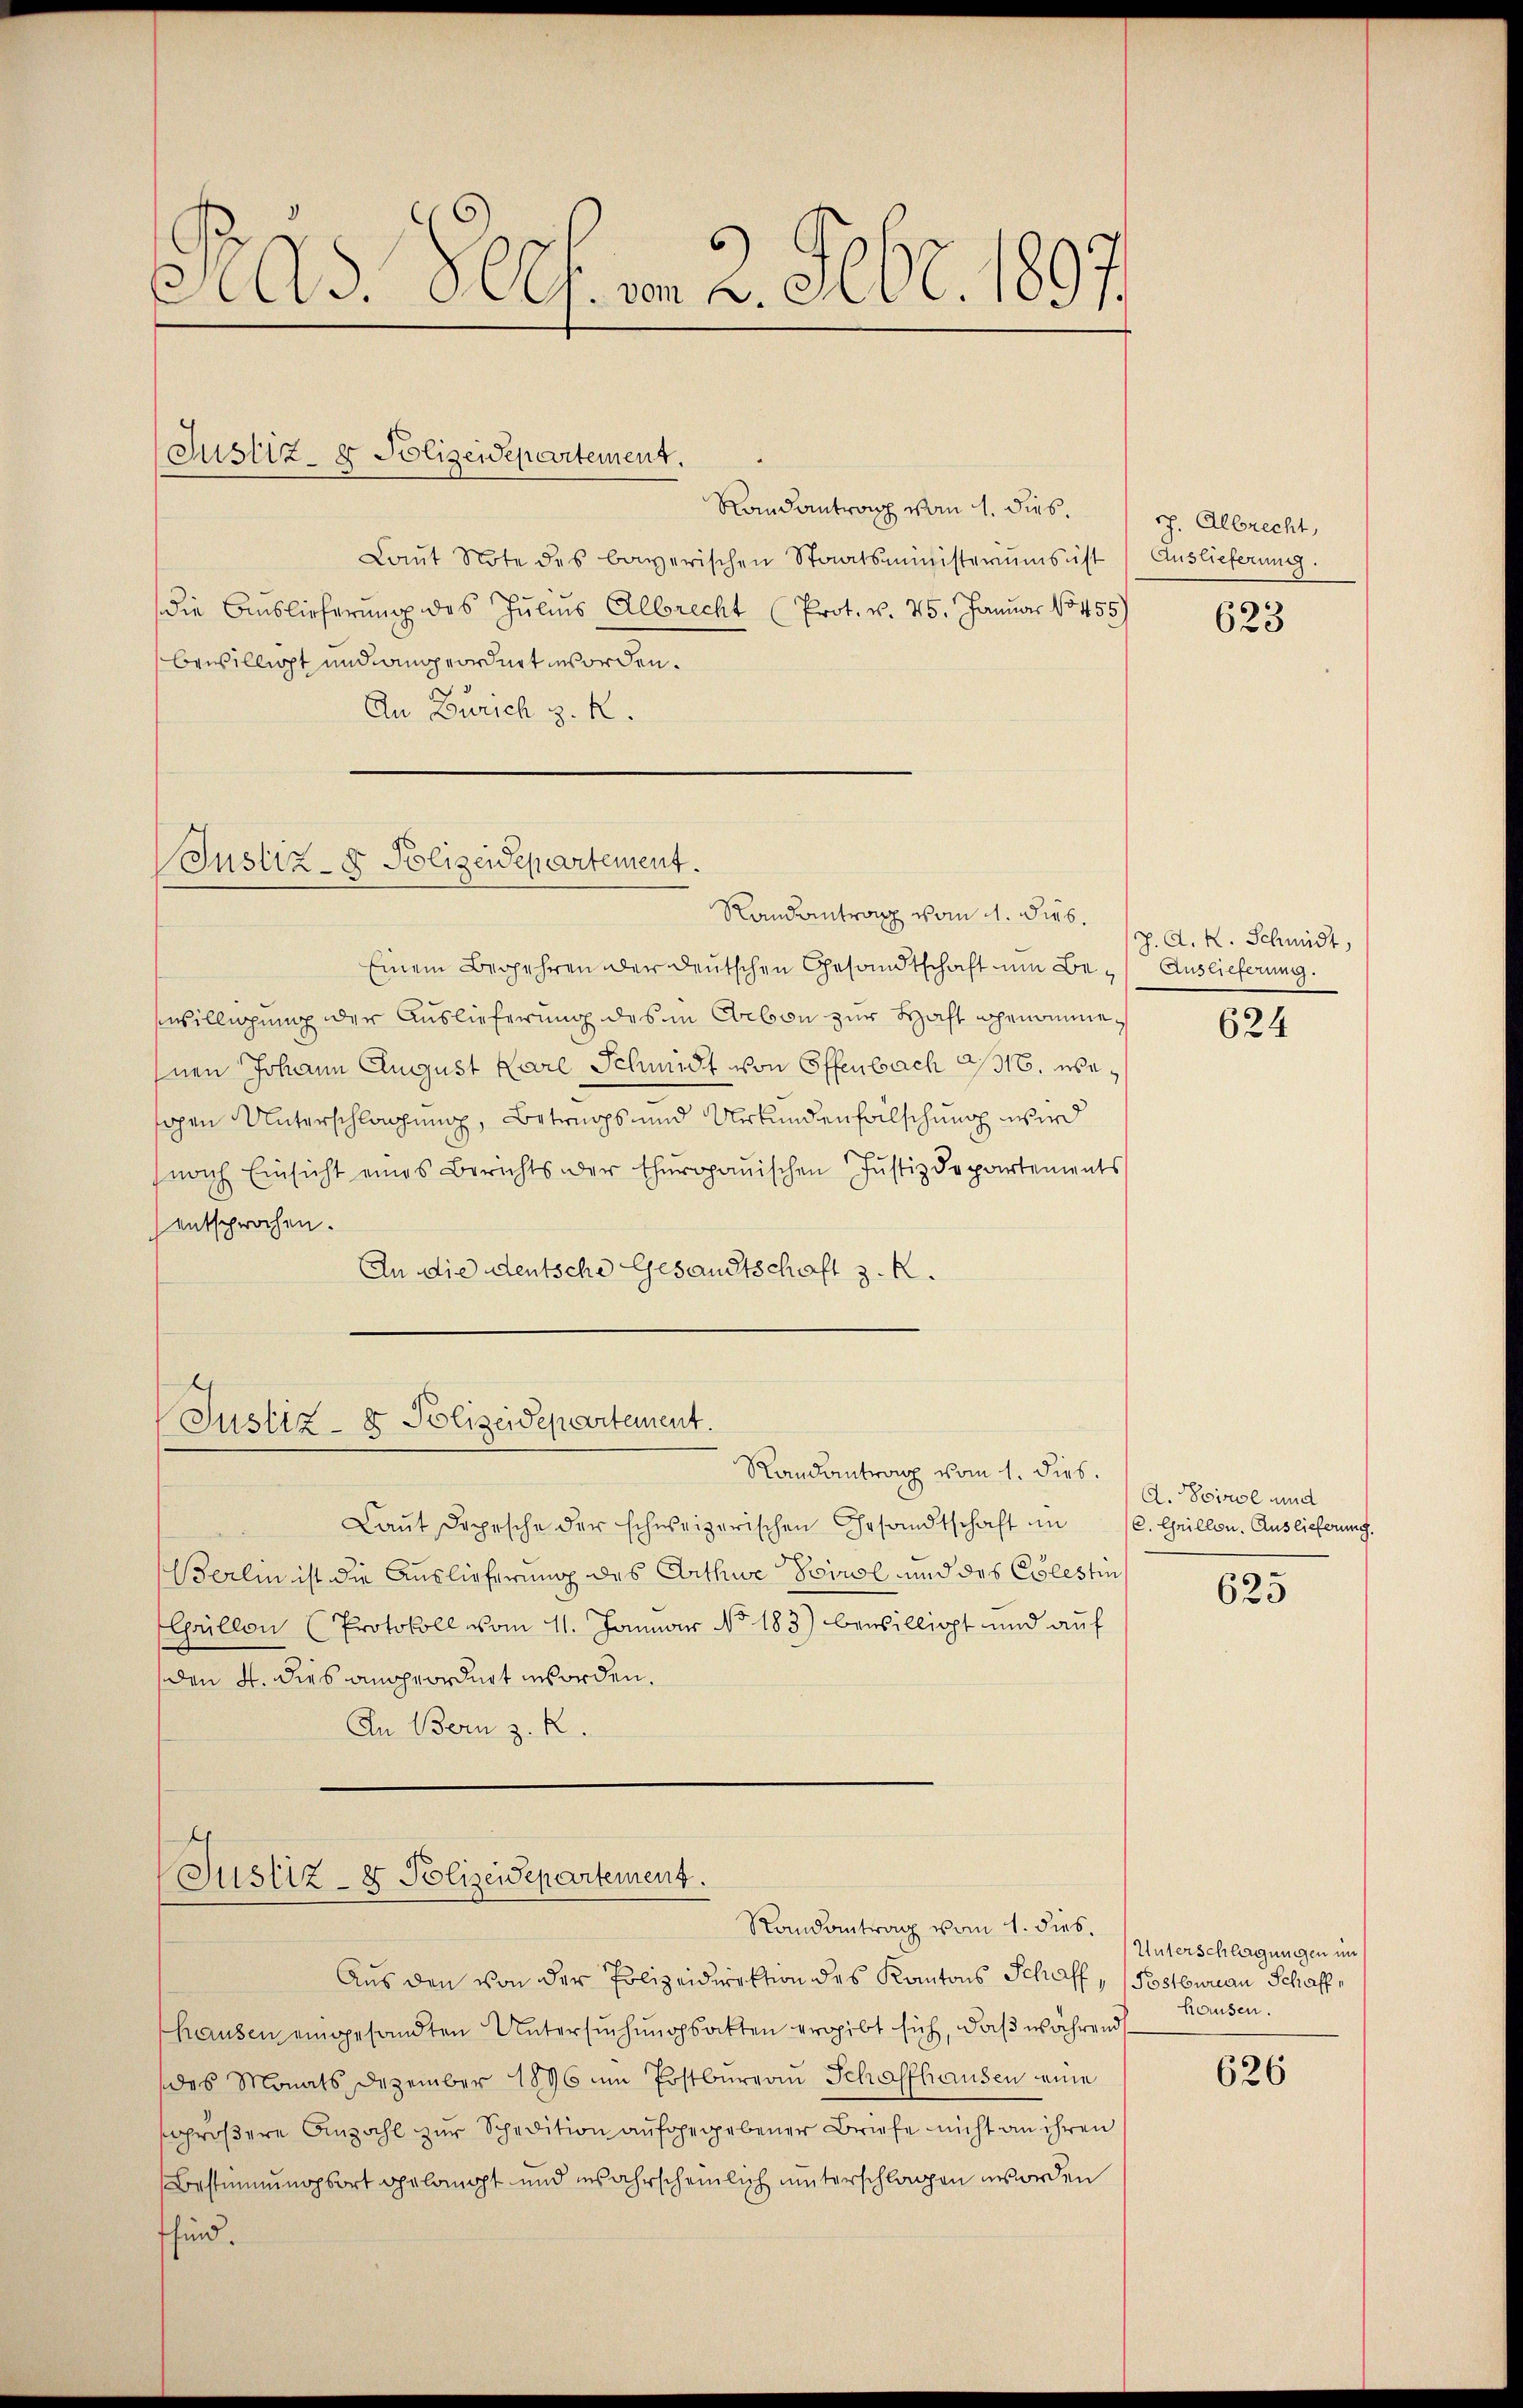
Pas. Ples. v. 2. 506. 1897.

Justiz- & Polizeidepartement.

Randantrag vom 1. dies.
Laŭt Note des bayerischen Staatsministeriums ist (Auslieferung.
die Auslieferŭng des Jŭliŭs Albrecht (Prot. v. 25. Januar 18455)
bewilligt und angeordnet worden.
An Zürich z. R.

Justiz- & Polizeidepartement.

Randantrag vom 4. Sieb.
Einem Begehren der deutschen Gesandtschaft um Beswilligung der Auslieferung des in Arbon zur Haft genommehnen Johann August Karl Schmidt von Offenbach 2/316. wesogen Unterschlagung, Betrugs und Urkundenfalschung wird
nach Einsicht eines Berichts der thurgauischen Justizdepartements
entsprochen.
An die deutsche Gesandtschaft z. R.

Justiz- & Polizeidepartement.

Justiz- & Polizeidepartement.
Randantrag vom 1. dies.

ch. Albrecht,

Laŭt Depesche der schweizerischen Gesandtschaft in
Berlin ist die Auslieferung des Arthue Tirol und des Colestin
Güllen (Protokoll vom 11. Januar No. 183) bewilligt und auf
den 4. dies angeordnet worden.
An Bern z. R.

Randantrag vom 1. dies.

Aus den von der Polizeidirektion des Kantons Schaff, (Postburau Schaffhausen eingesandten Untersuchungsatten ergibt sich, daß während
des Monats Dezember 1896 im Postbureau Schaffhausen eine
sgrößere Anzahl zur Spedition aufgegebener Briefe nicht an ihren
Bestimmungsort gelangt und insahrscheinlich unterschlagen worden
fsind.

623

J. A. R. Schmidt,
Auslieferung.

624

A. Spirol und
C. Grillen. Auslieferung.

625

Unterschlagungen im
hausen.

626